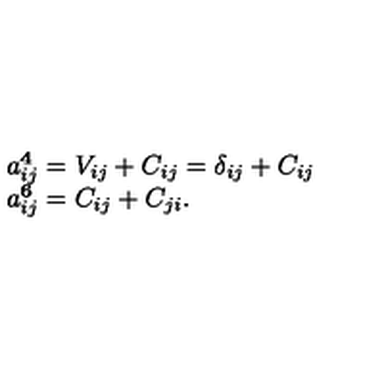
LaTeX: \begin{array} { l } { a _ { i j } ^ { \bf 4 } = V _ { i j } + C _ { i j } = \delta _ { i j } + C _ { i j } } \\ { a _ { i j } ^ { \bf 6 } = C _ { i j } + C _ { j i } . } \\ \end{array}